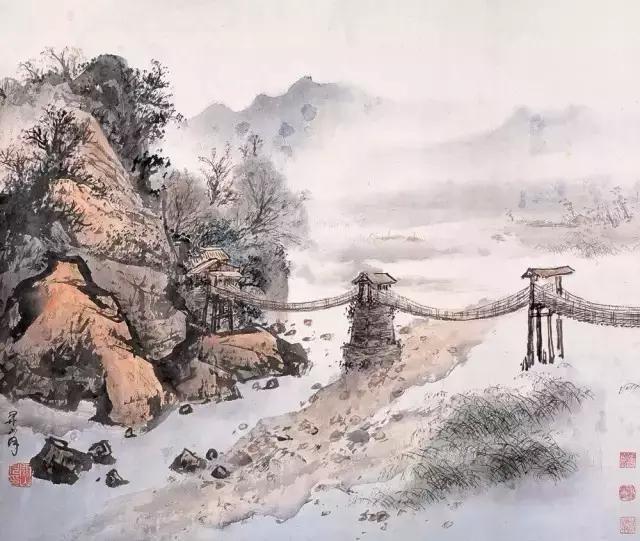
自诚明，谓之性自明诚谓之教。